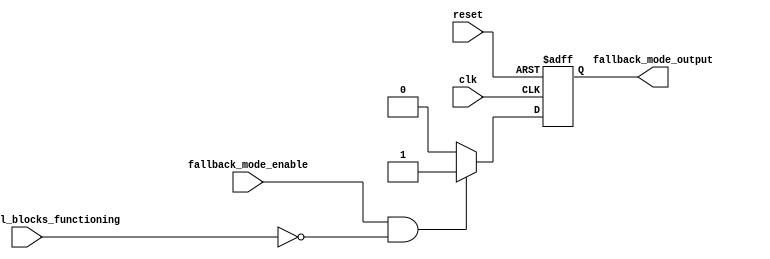
module FallbackBypassRegister(
    input wire clk,
    input wire reset,
    input wire fallback_mode_enable,
    input wire main_control_blocks_functioning,
    output reg fallback_mode_output
);

reg fallback_mode_internal;

always @(posedge clk or posedge reset) begin
    if (reset == 1'b1) begin
        fallback_mode_internal <= 1'b0;
    end else begin
        if (fallback_mode_enable && !main_control_blocks_functioning) begin
            fallback_mode_internal <= 1'b1;
        end else begin
            fallback_mode_internal <= 1'b0;
        end
    end
end

assign fallback_mode_output = fallback_mode_internal;

endmodule